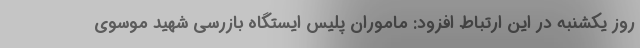
روز یکشنبه در این ارتباط افزود: ماموران پلیس ایستگاه بازرسی شهید موسوی